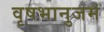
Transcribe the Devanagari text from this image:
वृषभानुजम